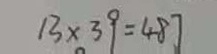
1 3 \times 3 9 = 4 8 7